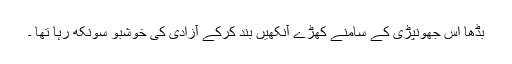
بڈھا اس جھونپڑی کے سامنے کھڑے آنکھیں بند کرکے آزادی کی خوشبو سونکھ رہا تھا ۔